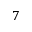
7